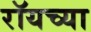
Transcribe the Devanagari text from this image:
रॉयच्या